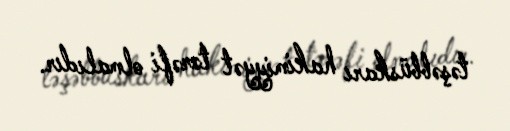
təşəbbüskarı hakimiyyət tərəfi olmalıdır.